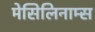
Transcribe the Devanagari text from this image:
मेसिलिनाम्स